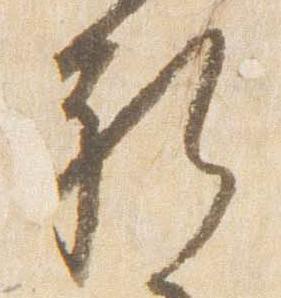
礼